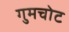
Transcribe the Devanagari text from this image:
गुमचोट